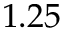
1 . 2 5